Calcutta medical institutions reports 1871-78
Year: 1871
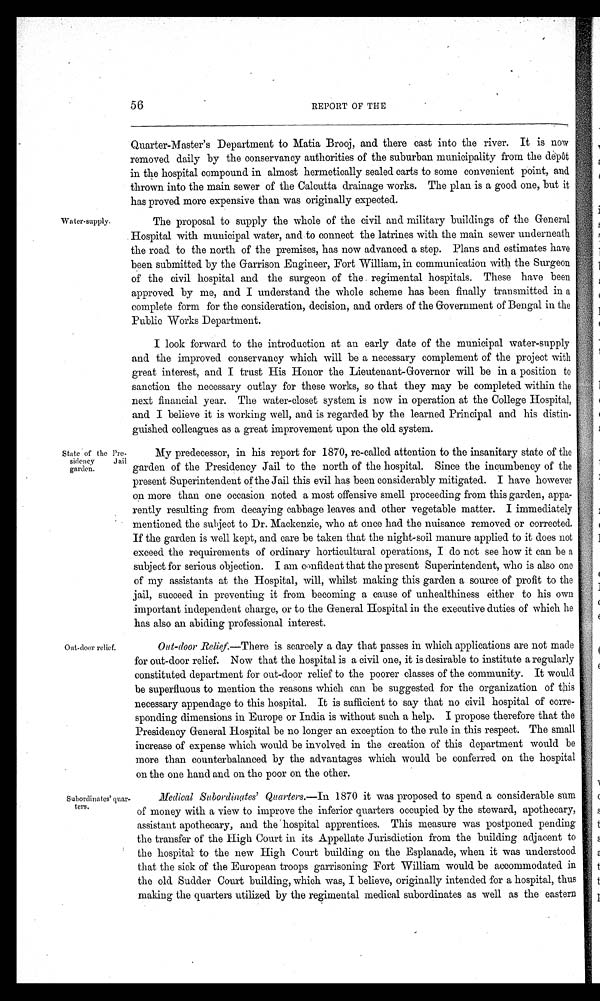
56
REPORT OF THE
Water-supply.
Quarter-Master's Department to Matia Brooj, and there cast into the river. It is now
removed daily by the conservancy authorities of the suburban municipality from the depôt
in the hospital compound in almost hermetically sealed carts to some convenient point, and
thrown into the main sewer of the Calcutta drainage works. The plan is a good one, but it
has proved more expensive than was originally expected.
The proposal to supply the whole of the civil and military buildings of the General
Hospital with municipal water, and to connect the latrines with the main sewer underneath
the road to the north of the premises, has now advanced a step. Plans and estimates have
been submitted by the Garrison Engineer, Fort William, in communication with the Surgeon
of the civil hospital and the surgeon of the regimental hospitals. These have been
approved by me, and I understand the whole scheme has been finally transmitted in a
complete form for the consideration, decision, and orders of the Government of Bengal in the
Public Works Department.
I look forward to the introduction at an early date of the municipal water-supply
and the improved conservancy which will be a necessary complement of the project with
great interest, and I trust His Honor the Lieutenant-Governor will be in a position to
sanction the necessary outlay for these works, so that they may be completed within the
next financial year. The water-closet system is now in operation at the College Hospital,
and I believe it is working well, and is regarded by the learned Principal and his distin-
guished colleagues as a great improvement upon the old system.
State of the Pre-
sidency Jail
garden.
Out-door relief.
Subordinates' quar-
ters.
My predecessor, in his report for 1870, re-called attention to the insanitary state of the
garden of the Presidency Jail to the north of the hospital. Since the incumbency of the
present Superintendent of the Jail this evil has been considerably mitigated. I have however
on more than one occasion noted a most offensive smell proceeding from this garden, appa-
rently resulting from decaying cabbage leaves and other vegetable matter. I immediately
mentioned the subject to Dr. Mackenzie, who at once had the nuisance removed or corrected.
If the garden is well kept, and care be taken that the night-soil manure applied to it does not
exceed the requirements of ordinary horticultural operations, I do not see how it can be a
subject for serious objection. I am confident that the present Superintendent, who is also one
of my assistants at the Hospital, will, whilst making this garden a source of profit to the
jail, succeed in preventing it from becoming a cause of unhealthiness either to his own
important independent charge, or to the General Hospital in the executive duties of which he
has also an abiding professional interest.
Out-door Relief.—There is scarcely a day that passes in which applications are not made
for out-door relief. Now that the hospital is a civil one, it is desirable to institute a regularly
constituted department for out-door relief to the poorer classes of the community. It would
be superfluous to mention the reasons which can be suggested for the organization of this
necessary appendage to this hospital. It is sufficient to say that no civil hospital of corre-
sponding dimensions in Europe or India is without such a help. I propose therefore that the
Presidency General Hospital be no longer an exception to the rule in this respect. The small
increase of expense which would be involved in the creation of this department would be
more than counterbalanced by the advantages which would be conferred on the hospital
on the one hand and on the poor on the other.
Medical Subordinates' Quarters .—In 1870 it was proposed to spend a considerable sum
of money with a view to improve the inferior quarters occupied by the steward, apothecary,
assistant apothecary, and the hospital apprentices. This measure was postponed pending
the transfer of the High Court in its Appellate Jurisdiction from the building adjacent to
the hospital to the new High Court building on the Esplanade, when it was understood
that the sick of the European troops garrisoning Fort William would be accommodated in
the old Sudder Court building, which was, I believe, originally intended for a hospital, thus
making the quarters utilized by the regimental medical subordinates as well as the eastern